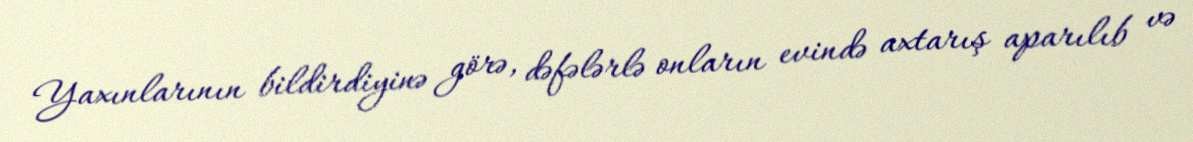
Yaxınlarının bildirdiyinə görə, dəfələrlə onların evində axtarış aparılıb və